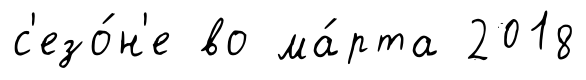
с'езо́н'е во ма́рта 2018